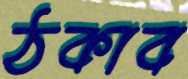
ঠকাব